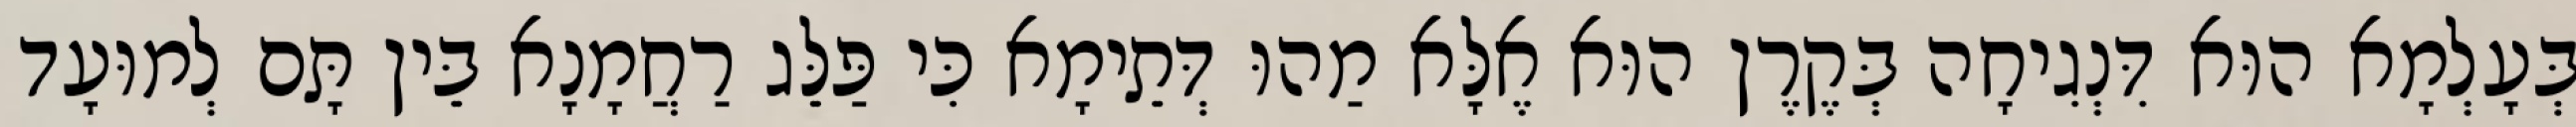
בְּעָלְמָא הוּא דִּנְגִיחָה בְּקֶרֶן הוּא אֶלָּא מַהוּ דְּתֵימָא כִּי פַּלֵּג רַחֲמָנָא בֵּין תָּם לְמוּעָד